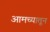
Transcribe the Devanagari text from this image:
आमच्यातून